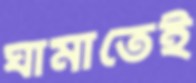
ঘামাতেই